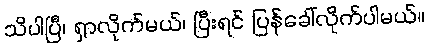
သိပါပြီ၊ ရှာလိုက်မယ်၊ ပြီးရင် ပြန်ခေါ်လိုက်ပါမယ်။